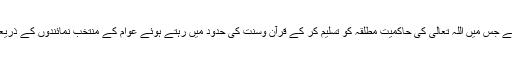
ملک کے دستور کی بنیاد ’’قرارداد مقاصد‘‘ پر ہے جس میں اللہ تعالیٰ کی حاکمیت مطلقہ کو تسلیم کر کے قرآن وسنت کی حدود میں رہتے ہوئے عوام کے منتخب نمائندوں کے ذریعہ ملک کا نظام چلانے کی ضمانت دی گئی ہے۔